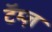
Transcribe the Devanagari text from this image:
टॅम्ज़